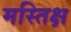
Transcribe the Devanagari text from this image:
मस्तिक्ष